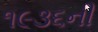
૧૯૩૬ની